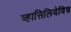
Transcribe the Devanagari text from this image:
व्हासिलियेविच